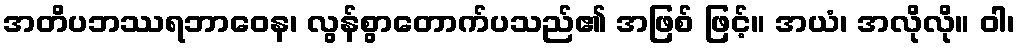
အတိပဘဿရဘာဝေန၊ လွန်စွာတောက်ပသည်၏ အဖြစ် ဖြင့်။ အယံ၊ အလိုလို။ ဝါ၊